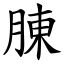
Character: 腖